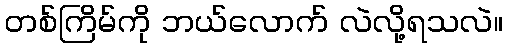
တစ်ကြိမ်ကို ဘယ်လောက် လဲလို့ရသလဲ။